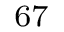
^ \mathrm { 6 7 }